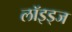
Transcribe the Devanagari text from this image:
लॉइड्ज